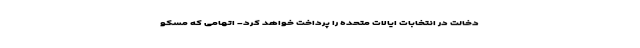
دخالت در انتخابات ایالات متحده را پرداخت خواهد کرد- اتهامی که مسکو